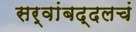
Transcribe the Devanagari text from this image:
सर्वांबद्दलचं